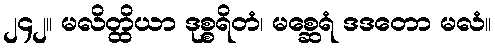
၂၄၂။ မလိတ္ထိယာ ဒုစ္စရိတံ၊ မစ္ဆေရံ ဒဒတော မလံ။